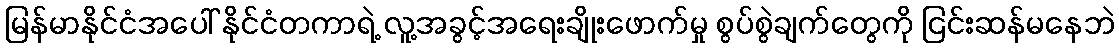
မြန်မာနိုင်ငံအပေါ် နိုင်ငံတကာရဲ့ လူ့အခွင့်အရေးချိုးဖောက်မှု စွပ်စွဲချက်တွေကို ငြင်းဆန်မနေဘဲ